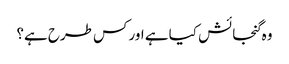
وہ گنجائش کیا ہے اور کس طرح ہے؟